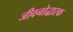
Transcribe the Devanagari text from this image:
जीवनोद्धारक